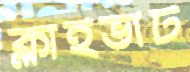
ক্লাইভার্ট